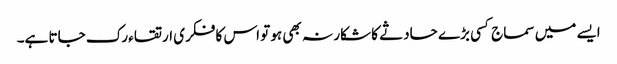
ایسے میں سماج کسی بڑے حادثے کا شکار نہ بھی ہو تو اس کا فکری ارتقاء رک جاتا ہے۔